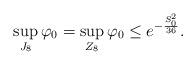
LaTeX: \begin{align*}\sup_{J_{8}}\varphi_{0} =\sup_{Z_{8}}\varphi_{0} \leq e^{-\frac{S_{0}^{2}}{36}}.\end{align*}